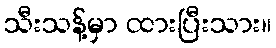
သီးသန့်မှာ ထားပြီးသား။